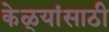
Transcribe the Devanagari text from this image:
केळ्यांसाठी